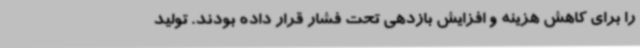
را برای کاهش هزینه و افزایش بازدهی تحت فشار قرار داده بودند. تولید